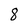
Character: 8